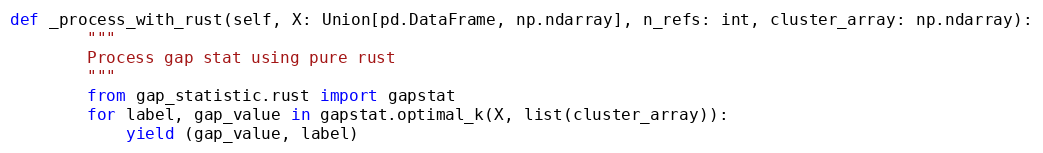
Language: Python
def _process_with_rust(self, X: Union[pd.DataFrame, np.ndarray], n_refs: int, cluster_array: np.ndarray):
        """
        Process gap stat using pure rust
        """
        from gap_statistic.rust import gapstat
        for label, gap_value in gapstat.optimal_k(X, list(cluster_array)):
            yield (gap_value, label)